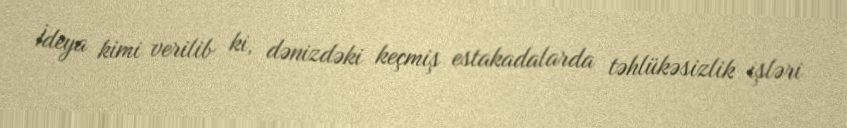
İdeya kimi verilib ki, dənizdəki keçmiş estakadalarda təhlükəsizlik işləri